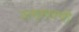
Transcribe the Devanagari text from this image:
अम्मलची